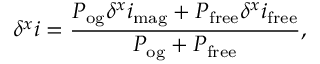
\delta ^ { x } i = \frac { P _ { \mathrm { o g } } \delta ^ { x } i _ { \mathrm { m a g } } + P _ { \mathrm { f r e e } } \delta ^ { x } i _ { \mathrm { f r e e } } } { P _ { \mathrm { o g } } + P _ { \mathrm { f r e e } } } ,